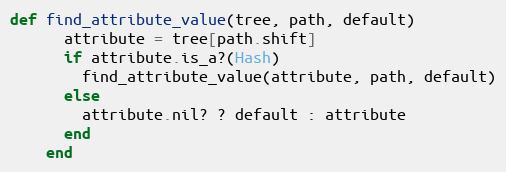
Language: Ruby
def find_attribute_value(tree, path, default)
      attribute = tree[path.shift]
      if attribute.is_a?(Hash)
        find_attribute_value(attribute, path, default)
      else
        attribute.nil? ? default : attribute
      end
    end